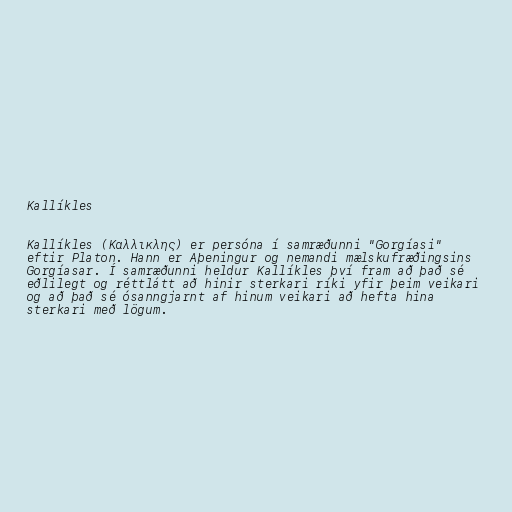
Kallíkles

Kallíkles (Καλλικλης) er persóna í samræðunni "Gorgíasi"
eftir Platon. Hann er Aþeningur og nemandi mælskufræðingsins
Gorgíasar. Í samræðunni heldur Kallíkles því fram að það sé
eðlilegt og réttlátt að hinir sterkari ríki yfir þeim veikari
og að það sé ósanngjarnt af hinum veikari að hefta hina
sterkari með lögum.